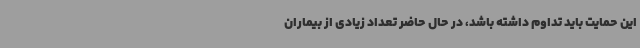
این حمایت باید تداوم داشته باشد، در حال حاضر تعداد زیادی از بیماران